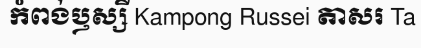
កំពង់ឫស្សី Kampong Russei តាសរ Ta